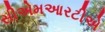
સીએમઆરટીએ